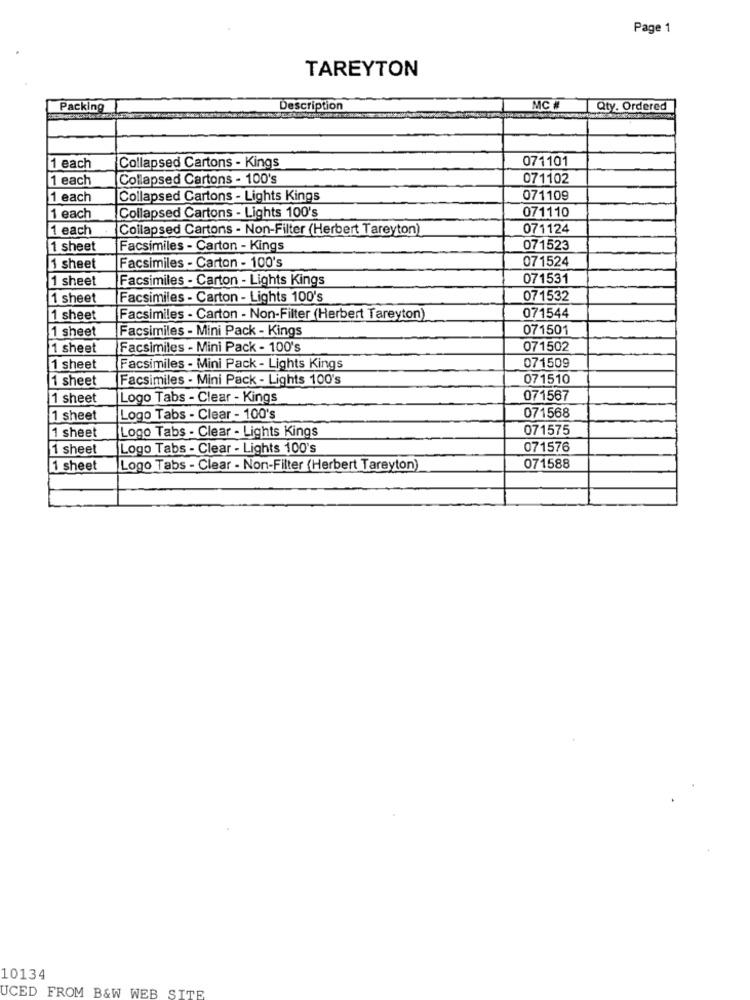
Page 1
TAREYTON
Packing
Description
MC #
Qty. Ordered
1 each
071101
Collapsed Cartons - Kings
1 each
Collapsed Cartons - 100's
071102
1 each
Collapsed Cartons - Lights Kings
071109
Collapsed Cartons - Lights 100's
071110
1 each
1 each
Collapsed Cartons - Non-Filter (Herbert Tareyton)
071124
1 sheet
Facsimiles - Carton - Kings
071523
071524
1 sheet
Facsimiles - Carton - 100's
1 sheet
Facsimiles - Carton - Lights Kings
071531
1 sheet
Facsimiles - Carton - Lights 100's
071532
071544
1 sheet
Facsimiles - Carton - Non-Filter (Herbert Tareyton)
1 sheet
Facsimiles - Mini Pack - Kings
071501
1 sheet
Facsimiles - Mini Pack - 100's
071502
1 sheet
Facsimiles - Mini Pack - Lights Kings
071509
1 sheet
Facsimiles - Mini Pack - Lights 100's
071510
1 sheet
Logo Tabs - Clear - Kings
071567
071568
1 sheet
Logo Tabs - Clear - 100's
Logo Tabs - Clear - Lights Kings
071575
1 sheet
1 sheet
Logo Tabs - Clear - Lights 100's
071576
1 sheet
Logo Tabs - Clear - Non-Filter (Herbert Tareyton)
071588
10134
UCED FROM B&W WEB SITE